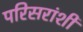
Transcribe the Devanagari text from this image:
परिसरांशी